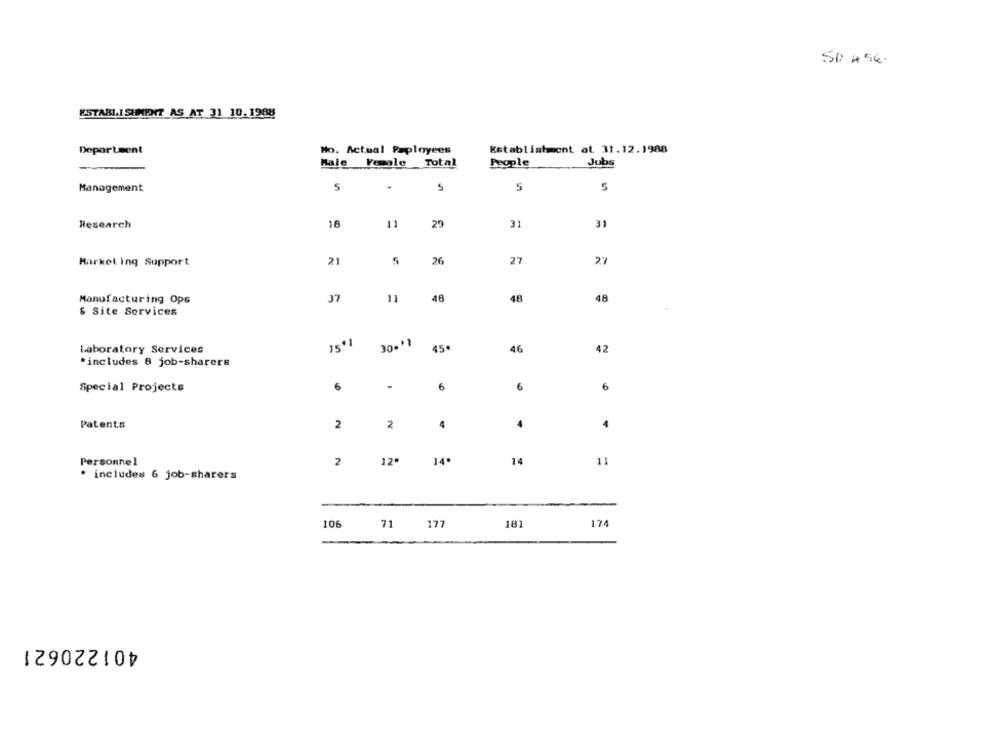
SP 456.
ESTABLISHMENT AS AT 31 10.1988
Department
No. Actual Paployees
Establishment at 31.12.1988
Jubs
Male Female
Total
People
Management
S
.
5
5
Research
18
29
31
31
Markol ing Support
21
5
26
27
27
Manufacturing Ops
37
11
48
48
48
& Site Services
Laboratory Services
15º1
30. 11
45.
46
42
*includes 8 job-sharers
6
-
6
6
6
Special Projects
2
Patents
2
4
4
4
12
14.
14
11
Personnel
2
. includes 6 job-sharers
106
71
177
181
174
401220621